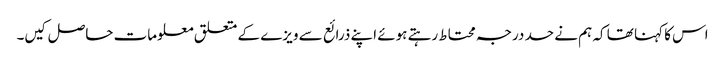
اس کا کہنا تھا کہ ہم نے حد درجہ محتاط رہتے ہوئے اپنے ذرائع سے ویزے کے متعلق معلومات حاصل کیں۔